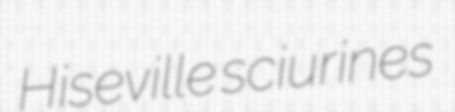
Hiseville sciurines